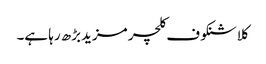
کلاشنکوف کلچر مزیدبڑھ رہا ہے۔